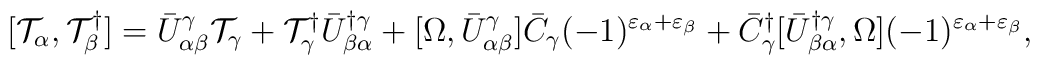
[{\cal T}_\alpha,{\cal T}^\dagger_\beta]=\bar{U}^\gamma_{\alpha\beta}{\cal T}_\gamma +{\cal T}^\dagger_\gamma\bar{U}^{\dagger\gamma}_{\beta\alpha}+[\Omega,\bar{U}^\gamma_{\alpha\beta}]\bar{C}_\gamma(-1)^{\varepsilon_\alpha+\varepsilon_\beta}+\bar{C}^\dagger_\gamma[\bar{U}^{\dagger\gamma}_{\beta\alpha},\Omega](-1)^{\varepsilon_\alpha+\varepsilon_\beta},